Regulations for the medical services of the Army of India
Year: 1930
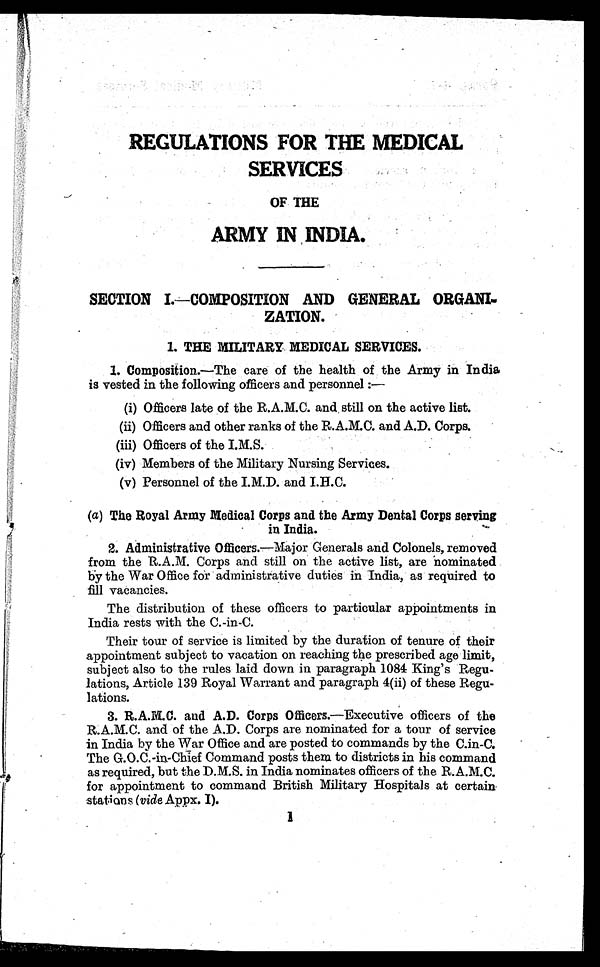
REGULATIONS FOR THE MEDICAL
SERVICES
OF THE
ARMY IN INDIA.
SECTION I.
—
COMPOSITION AND GENERAL ORGAN-
ZATION.
1. THE MILITARY MEDICAL SERVICES.
1. Composition.—The care of the health of the Army in India
is vested in the following officers and personnel :—
(i) Officers late of the R.A.M.C. and still on the active list.
(ii) Officers and other ranks of the R.A.M.C. and A.D. Corps.
(iii) Officers of the I.M.S.
(iv) Members of the Military Nursing Services.
(v) Personnel of the I.M.D. and I.H.C.
(a) The Royal Army Medical Corps and the Army Dental Corps serving
in India.
2. Administrative Officers.—Major Generals and Colonels, removed
from the R.A.M. Corps and still on the active list, are nominated
by the War Office for administrative duties in India, as required to
fill vacancies.
The distribution of these officers to particular appointments in
India rests with the C.-in-C.
Their tour of service is limited by the duration of tenure of their
appointment subject to vacation on reaching the prescribed age limit,
subject also to the rules laid down in paragraph 1084 King's Regu--
lations, Article 139 Royal Warrant and paragraph 4(ii) of these Regu-
-lations.
3. R.A.M.C. and A.D. Corps Officers.—Executive officers of the
R.A.M.C. and of the A.D. Corps are nominated for a tour of service
in India by the War Office and are posted to commands by the C.in-C.
The G.O.C.-in-Chief Command posts them to districts in his command
as required, but the D.M.S. in India nominates officers of the R.A.M.C.
for appointment to command British Military Hospitals at certain
station (vide Appx. I).